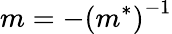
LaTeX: m=-\left(m^{*}\right)^{-1}